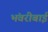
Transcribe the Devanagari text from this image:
भंवरीबाई